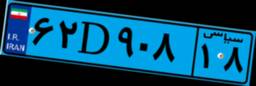
۵۲D۱۰۲۲۵